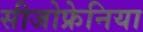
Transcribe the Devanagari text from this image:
सीजोफ्रेनिया